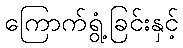
ကြောက်ရွံ့ခြင်းနှင့်